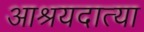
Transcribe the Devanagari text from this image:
आश्रयदात्या